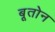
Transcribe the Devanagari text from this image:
बूतोन